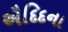
ઐદિદના